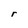
Character: r